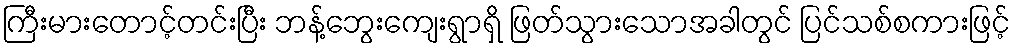
ကြီးမားတောင့်တင်းပြီး ဘန့်ဘွေးကျေးရွာရှိ ဖြတ်သွားသောအခါတွင် ပြင်သစ်စကားဖြင့်